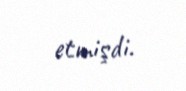
etmişdi.